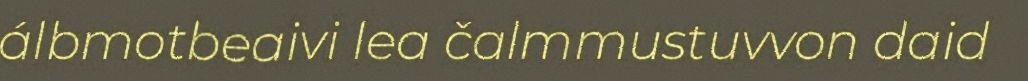
álbmotbeaivi lea čalmmustuvvon daid